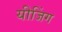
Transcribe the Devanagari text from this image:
यीजिंग